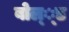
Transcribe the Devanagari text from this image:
बोल््ड